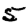
Digit: 5